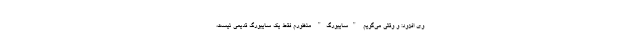
وی افزود: و وقتی می‌گویم "سایبورگ" منظورم فقط یک سایبورگ قدیمی نیست،